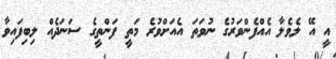
އީ އޭ ލެވެލާ އެއްފެންވަރުގެ ނުވަތަ އެއަށްވުރެ މަތީ ފަންތީގެ ސަނަދެއް ލިބިފައިވާ